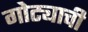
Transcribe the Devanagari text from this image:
गोट्याची